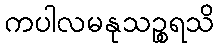
ကပါလမနုသဉ္စရသိ